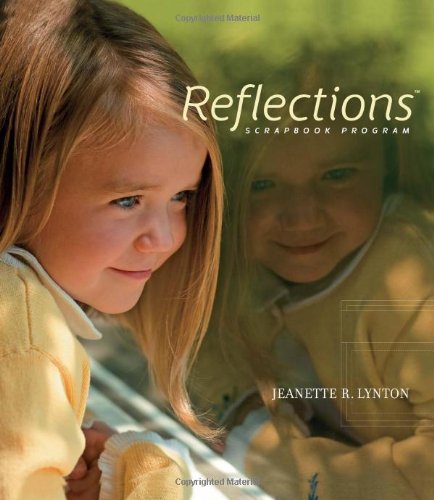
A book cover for Reflections: Scrapbook Program; Jeanette Lynton; Crafts, Hobbies & Home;